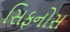
સિફનોસ